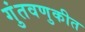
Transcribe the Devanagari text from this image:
गुंतवणुकीत